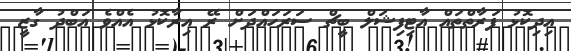
އިދިކޮޅު ފަރާތްތައް އާޓިފިޝަލް ބީޗް ސަރަހައްދަށް ރޭ އިރާކޮޅު އެއްވެ އަބްދު ގާޒީ